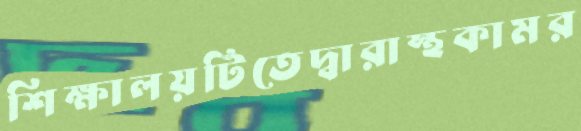
শিক্ষালয়টিতেদ্বারাস্থকামর